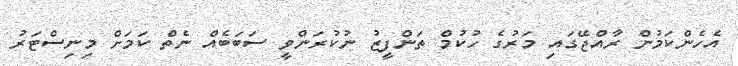
އެހެންކަމުން ރާއްޖޭގައި މަރުގެ ހުކުމް ތަންފީޒު ނުކުރަންވީ ސަބަބެއް ނެތް ކަމަށް މިނިސްޓަރު